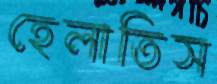
হেলাতিস